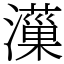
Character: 𤂋